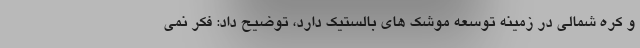
و کره شمالی در زمینه توسعه موشک های بالستیک دارد، توضیح داد: فکر نمی